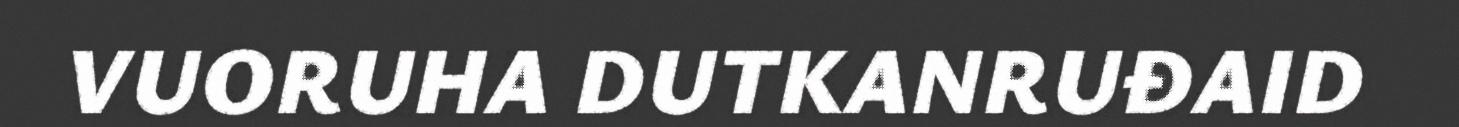
VUORUHA DUTKANRUĐAID